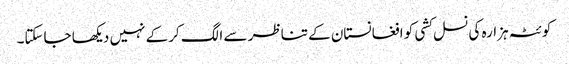
کوئٹہ ہزارہ کی نسل کشی کو افغانستان کے تناظر سے الگ کرکے نہیں دیکھا جاسکتا۔